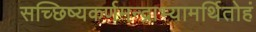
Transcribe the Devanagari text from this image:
सच्छिष्यकर्णमन्द्राभ्यामर्थितोहं